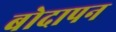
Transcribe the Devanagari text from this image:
बोदापन